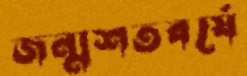
জন্মশতবর্ষে